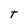
Character: T